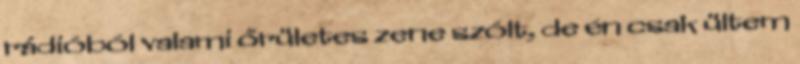
rádióból valami őrületes zene szólt, de én csak ültem